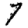
Digit: 7